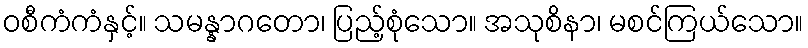
ဝစီကံကံနှင့်။ သမန္နာဂတော၊ ပြည့်စုံသော။ အသုစိနာ၊ မစင်ကြယ်သော။